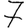
Digit: 7